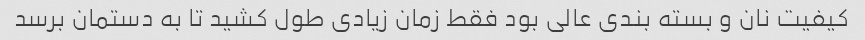
کیفیت نان و بسته بندی عالی بود فقط زمان زیادی طول کشید تا به دستمان برسد